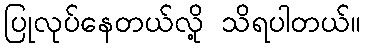
ပြုလုပ်နေတယ်လို့ သိရပါတယ်။